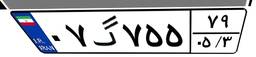
۰۷گ۷۵۵۷۹